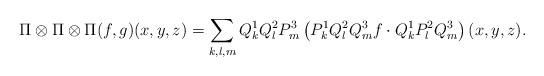
LaTeX: \begin{align*}\Pi \otimes \Pi \otimes \Pi(f, g)(x, y, z)=\sum_{k, l, m} Q_k^1 Q_l^2 P_m^3 \left( P_k^1 Q_l^2 Q_m^3 f \cdot Q_k^1 P_l^2 Q_m^3 \right)(x,y,z).\end{align*}